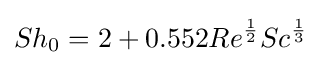
Sh_{0}=2+0.552Re^{\frac {1}{2}}Sc^{\frac {1}{3}}